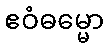
ဧဝံဓမ္မော